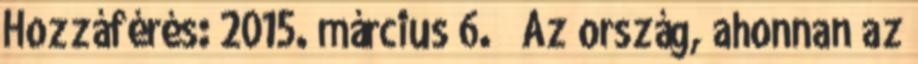
Hozzáférés: 2015. március 6. ↑ Az ország, ahonnan az